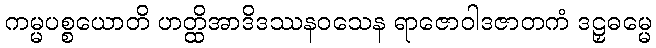
ကမ္မပစ္စယောတိ ဟတ္ထိအာဒိဒဿနဝသေန ရာဇောဝါဒဇာတကံ ဒဠှဓမ္မေ